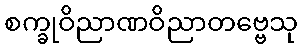
စက္ခုဝိညာဏဝိညာတဗ္ဗေသု